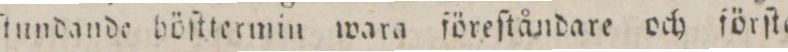
ſtundande böſttermin wara föreſtåndare och förſte